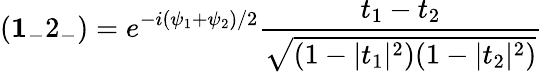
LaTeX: ({\mathbf 1_{-}2_{-}})=e^{-i{(\psi_{1}+\psi_{2})/2}}\frac{t_{1}-t_{2}}{\sqrt{(1-|t_{1}|^{2})(1-|t_{2}|^{2})}}